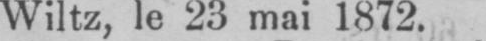
Wiltz, le 23 mai 1872.